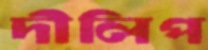
দীলিপ